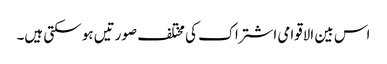
اس بین الاقوامی اشتراک کی مختلف صورتیں ہو سکتی ہیں۔